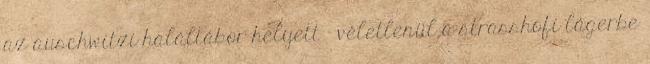
az auschwitzi haláltábor helyett – véletlenül a strasshofi lágerbe